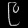
Digit: ၉